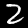
Label: 2